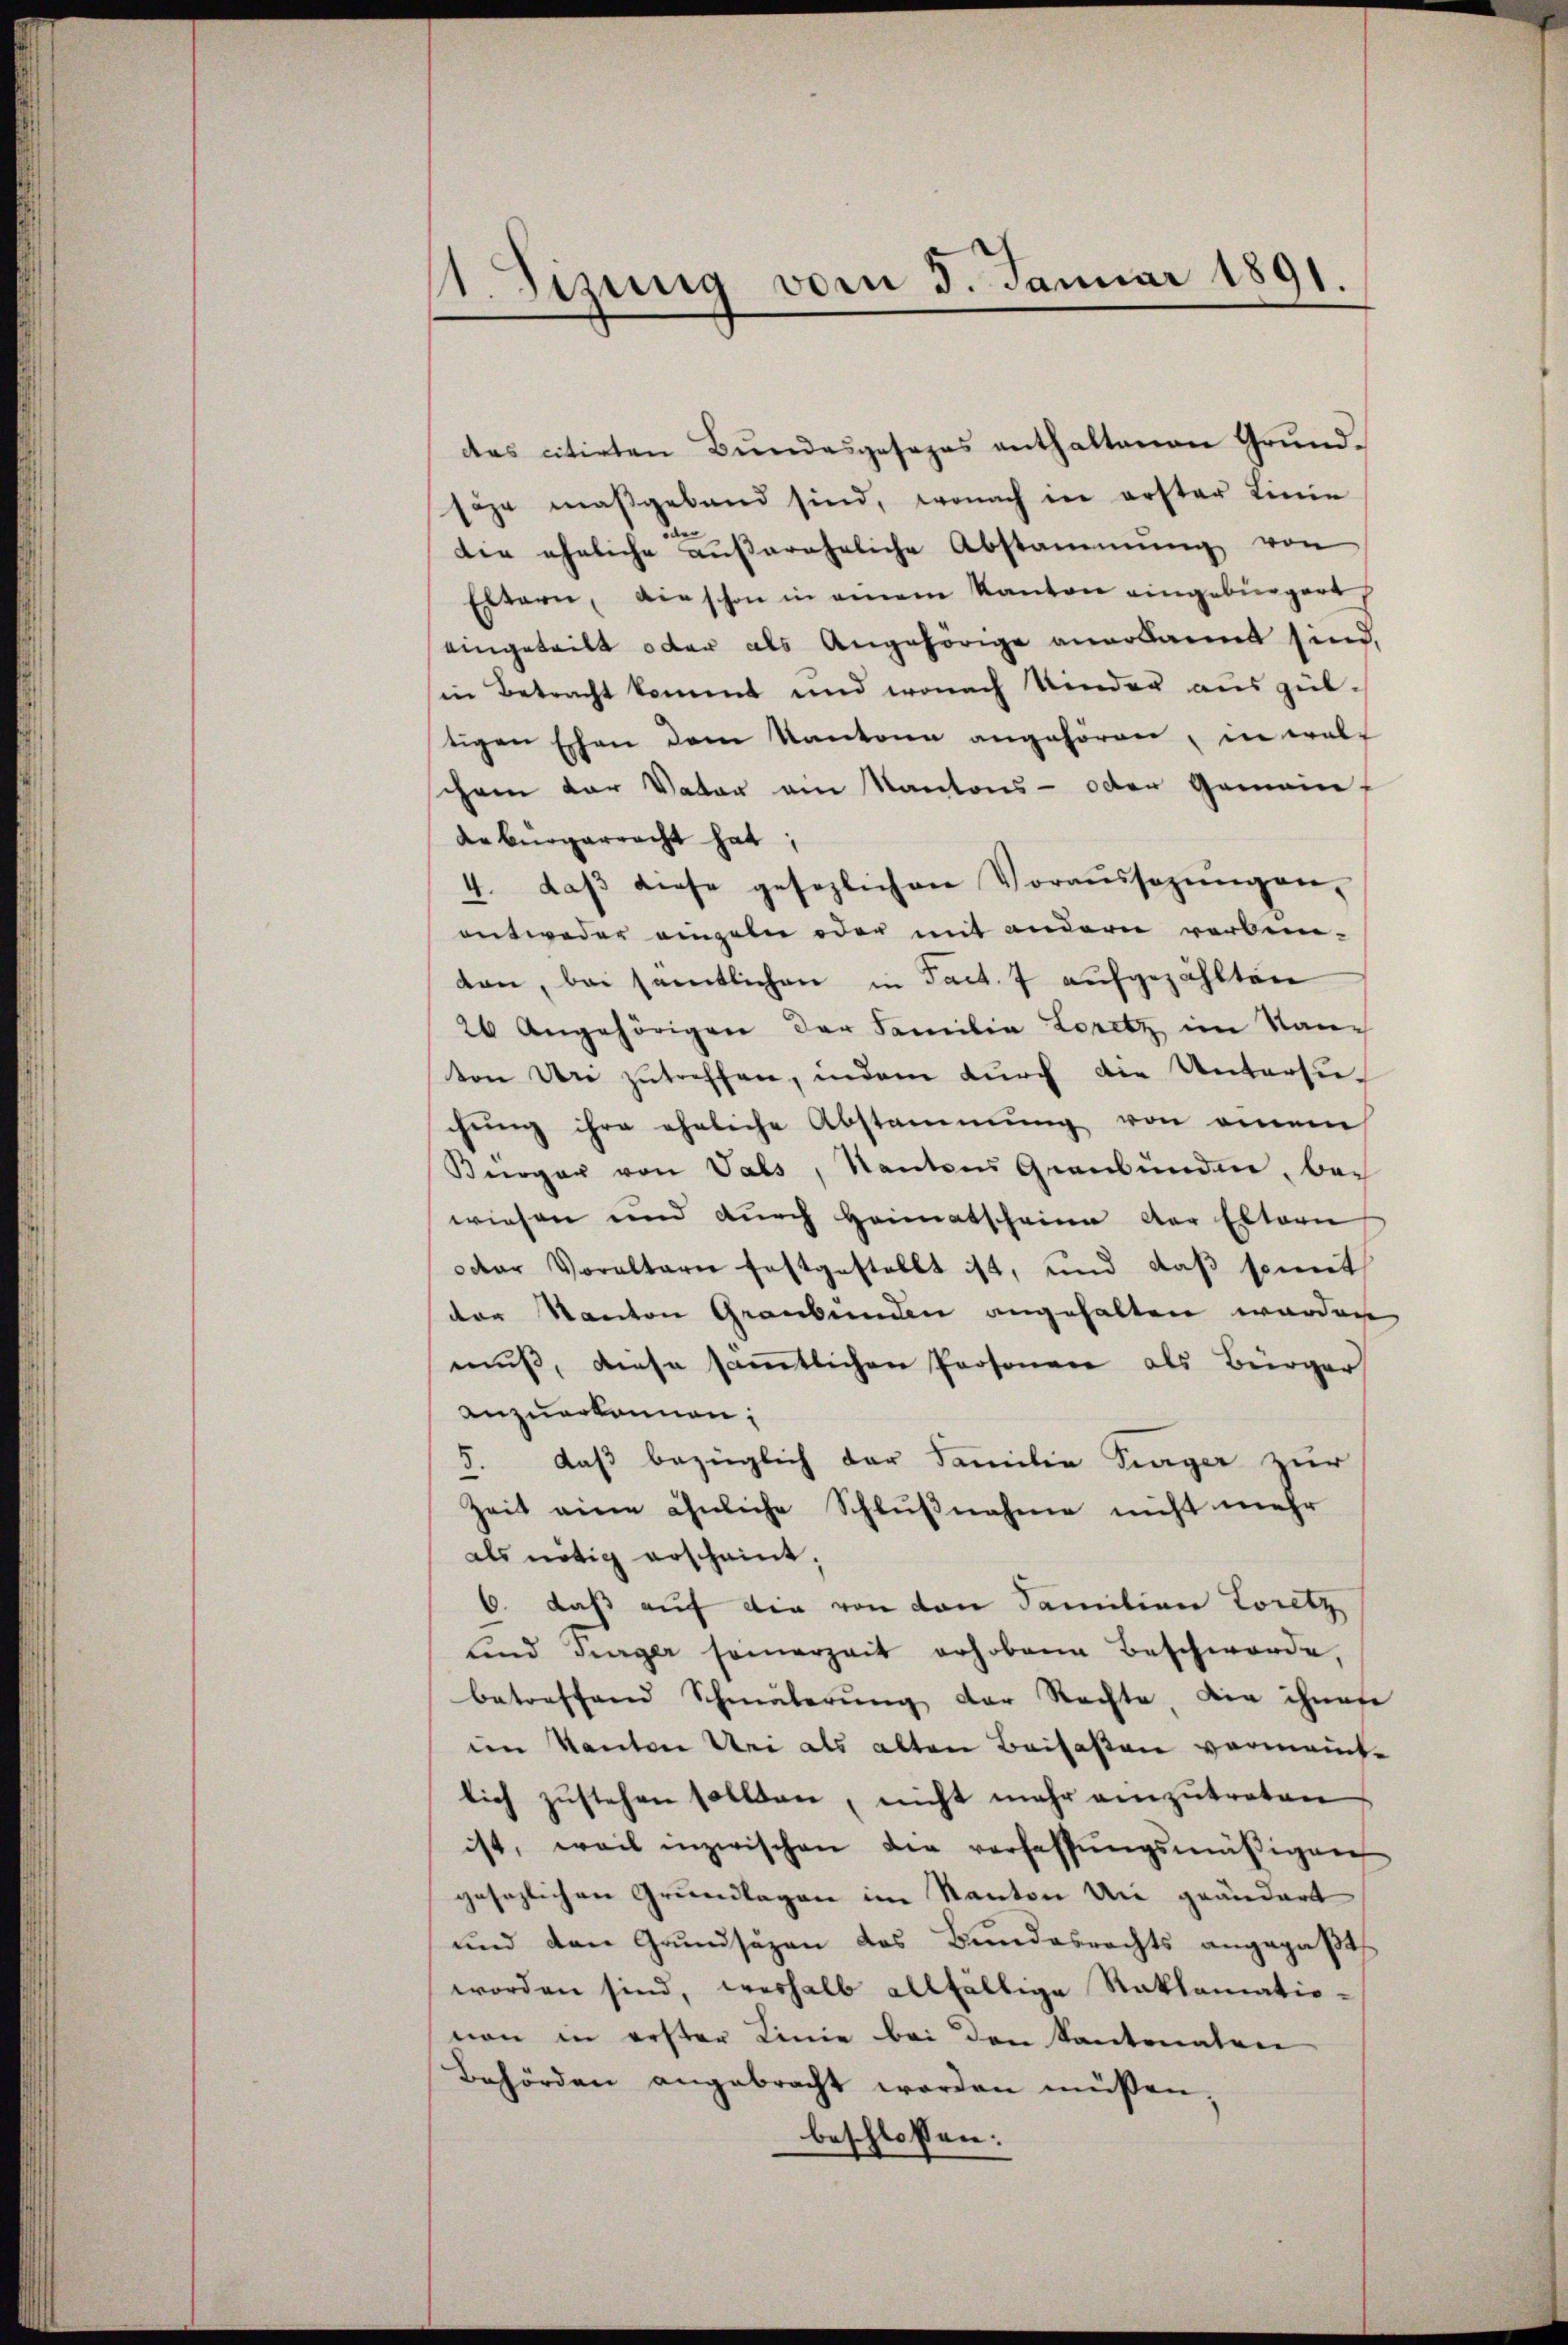
1. Jizung vom 5. Januar 1891.

das citirten Bundesgesezes enthaltenen Grundsäge maßgeband sind, wonach in erster Linie
die eheliche außerehrliche Abstammung von
Eltern, die schon in einem Kanton eingebürgert,
eingeteilt oder als Angehörige anerkannt sind,
in Betracht kommt und wonach Kinder ausgeltigen Eschen dem Kantone angehören, in wolchem der Vater am Kantons- oder Gemein-
debürgerracht hat;
4. daβ diese gesezlichen Voraŭssagŭngen,
entweder eingeln oder mit andern verben-
den, bei sämtlichen in Fact. 7 aufgezählten
26 Angehörigen der Familia Loritz im Santon den zutreffen, indem dŭrch die Untersuchung ihre eheliche Abstammung von einem
Bürger von Vals, Kantons Graubünden, bewiesen und durch Heimatscheine der Eltern
oder Voraltarn festgestellt ist, und daß somit
der Kanton Graubünden angehalten werden
muß, diese sämmtlichen Personen als Bürger
anzuerkannen;
J. daβ bezüglich der Familie Singer zur
Zeit eine ähnliche Schlŭβnahme nicht mehr
als nötig erscheint;
6. daß auf die von den Familian Loritz,
und Turger samerzeit erhobene Beschwerde,
betreffend Schmälerŭng der Rechte, die ihnete
im Kanton Uri als alten Beisaßen vormainte
lich zŭstehen sollten, nicht mehr einzŭtreten
ist, weil inzwischen die verfassŭngsmäßigen
gesezlichen Grundlagen im Kanton die geändert
und den Grundsäzen das Bundesrechts angepaßt
worden sind, weshalb allfällige Reklamatio-
non in erster Linie bei den Kantonalen
Behörden angebracht worden müssen.
beschlossen: